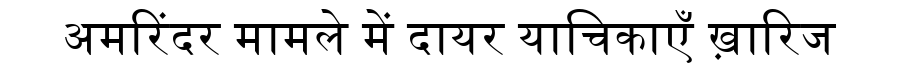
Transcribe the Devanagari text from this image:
अमरिंदर मामले में दायर याचिकाएँ ख़ारिज